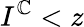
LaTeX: I^{\mathbb{C}}<z